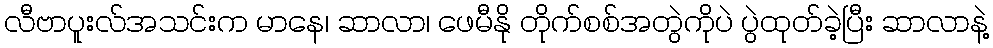
လီဗာပူးလ်အသင်းက မာနေ၊ ဆာလာ၊ ဖေမီနို တိုက်စစ်အတွဲကိုပဲ ပွဲထုတ်ခဲ့ပြီး ဆာလာနဲ့